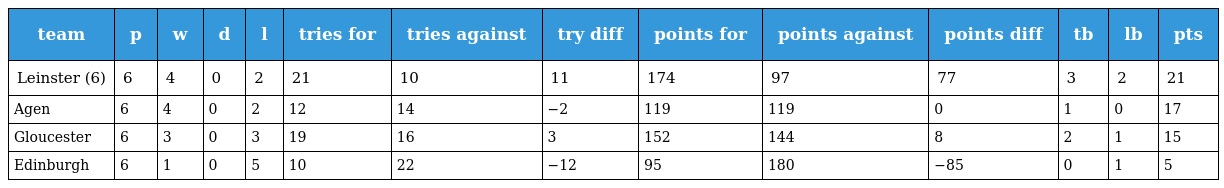
| team | p | w | d | l | tries for | tries against | try diff | points for | points against | points diff | tb | lb | pts |
 | --- | --- | --- | --- | --- | --- | --- | --- | --- | --- | --- | --- | --- | --- |
 | Leinster (6) | 6 | 4 | 0 | 2 | 21 | 10 | 11 | 174 | 97 | 77 | 3 | 2 | 21 |
 | Agen | 6 | 4 | 0 | 2 | 12 | 14 | −2 | 119 | 119 | 0 | 1 | 0 | 17 |
 | Gloucester | 6 | 3 | 0 | 3 | 19 | 16 | 3 | 152 | 144 | 8 | 2 | 1 | 15 |
 | Edinburgh | 6 | 1 | 0 | 5 | 10 | 22 | −12 | 95 | 180 | −85 | 0 | 1 | 5 |